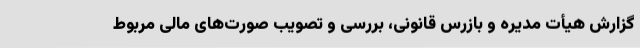
گزارش هیأت ‌مدیره و بازرس قانونی، بررسی و تصویب صورت‌های مالی مربوط